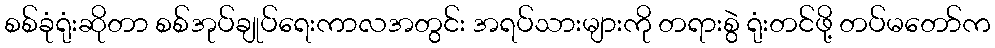
စစ်ခုံရုံးဆိုတာ စစ်အုပ်ချုပ်ရေးကာလအတွင်း အရပ်သားများကို တရားစွဲ ရုံးတင်ဖို့ တပ်မတော်က